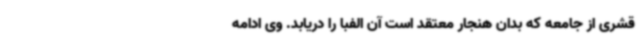
قشری از جامعه که بدان هنجار معتقد است آن الفبا را دریابد. وی ادامه